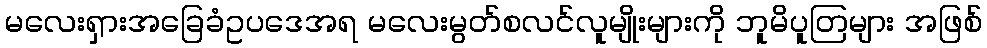
မလေးရှားအခြေခံဥပဒေအရ မလေးမွတ်စလင်လူမျိုးများကို ဘူမိပူတြများ အဖြစ်